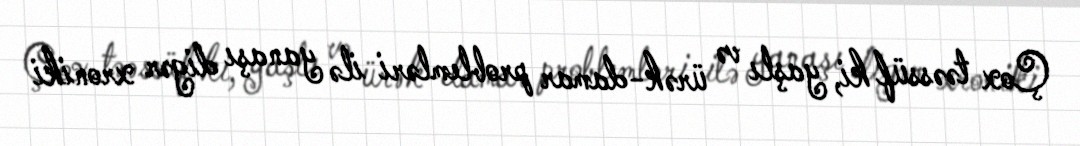
Çox təəssüf ki, yaşlı və ürək-damar problemləri ilə yanaşı digər xroniki